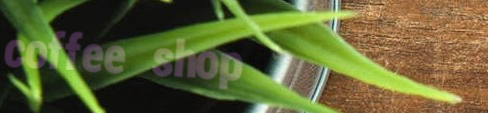
coffee shop